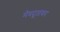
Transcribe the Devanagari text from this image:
मेघदूतावर